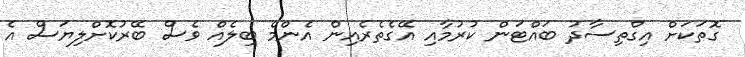
ގޮތަކަށް އިގްތިސާދު ބައްޓަން ކުރުމާއި އޭގެތެރެއިން އެންމެ ބިލެއް ވެސް ބޭރުކޮށްލިޔަސް އެ